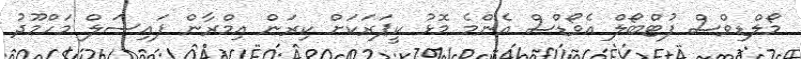
މޯލްޑިވްސް ފުޓްބޯލް އެވޯޑްސް އެންމެ މޮޅު ކީޕަރަކަށް ކިރަން އިމްރާން ފައިސަލް މަހްމޫދު